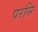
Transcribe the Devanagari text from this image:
परसि